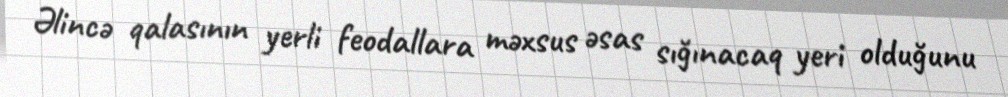
Əlincə qalasının yerli feodallara məxsus əsas sığınacaq yeri olduğunu